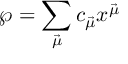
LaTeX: { \wp } = \sum _ { \vec { \mu } } c _ { \vec { \mu } } x ^ { \vec { \mu } }